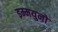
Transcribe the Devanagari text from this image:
इम्मयुनो